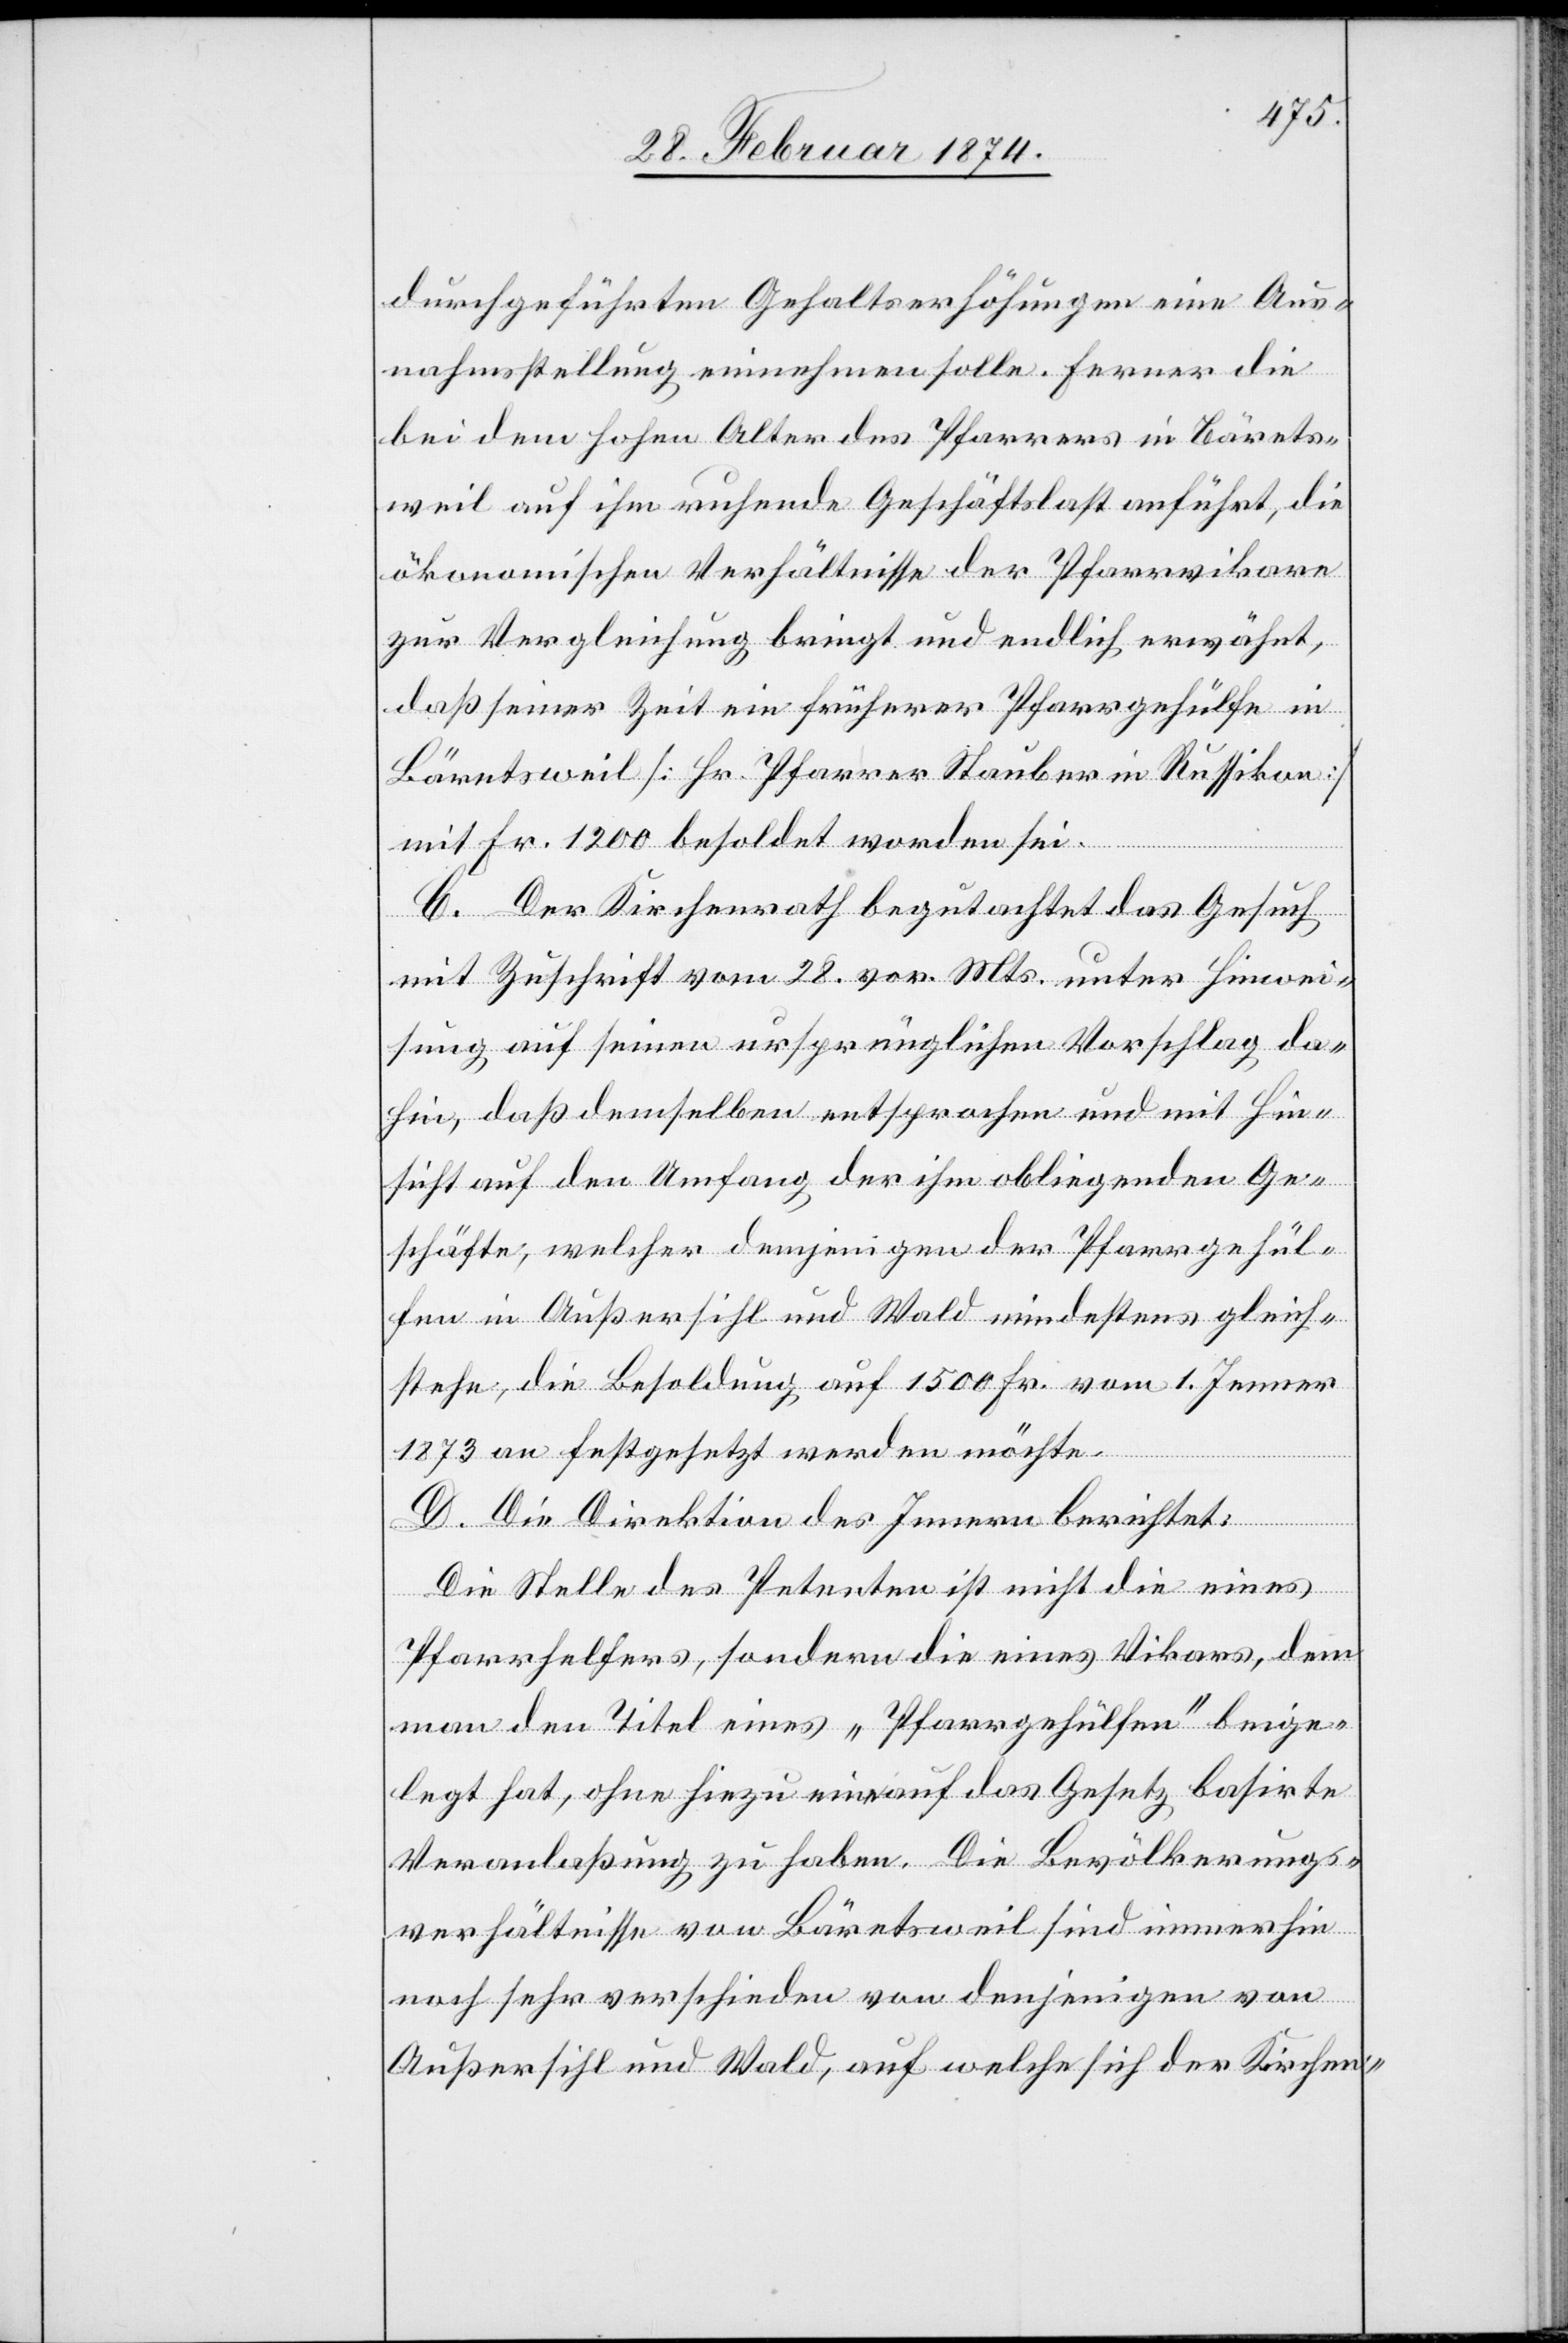
durchgeführten Gehaltserhöhungen eine Aus¬
nahmsstellung einnehmen solle. Ferner die
bei dem hohen Alter des Pfarrers in Bärets¬
weil auf ihm ruhende Geschäftslast anführe, die
ökonomischen Verhältnisse der Pfarrvikare
zur Vergleichung bringt und endlich erwähnt,
daß seiner Zeit ein früherer Pfarrgehülfe in
Bäretsweil [Hr. Pfarrer Stauber in Russikon]
mit Fr. 1200 besoldet worden sei.
C. Der Kirchenrath begutachtet das Gesuch
mit Zuschrift vom 28. vor. Mts. unter Hinwei¬
sung auf seinen ursprünglichen Vorschlag da¬
hin, daß demselben entsprochen und mit Hin¬
sicht auf den Umfang der ihm obliegenden Ge¬
schäfte, welcher demjenigen der Pfarrgehül¬
fen in Außersihl und Wald mindestens gleich¬
stehe, die Besoldung auf 1500 Fr. vom 1. Jenner
1873 an festgesetzt werden möchte.
D. Die Direktion des Innern berichtet:
Die Stelle des Petenten ist nicht die eines
Pfarrhelfers, sondern die eines Vikars, dem
man den Titel eines „Pfarrgehülfen“ beige¬
legt hat, ohne hiezu eine auf das Gesetz basirte
Veranlaßung zu haben. Die Bevölkerungs¬
verhältnisse von Bäretsweil sind immerhin
noch sehr verschieden von denjenigen von
Außersihl und Wald, auf welche sich der Kirchen-